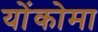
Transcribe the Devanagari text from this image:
योंकोमा